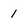
Character: 1